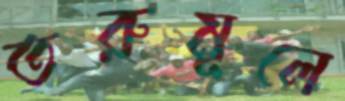
তরুমূলে